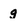
Character: g